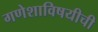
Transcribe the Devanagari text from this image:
गणेशाविषयीची